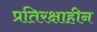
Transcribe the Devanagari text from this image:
प्रतिरक्षाहीन